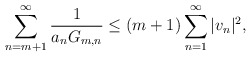
\begin{align*} \sum_{n=m+1}^\infty \frac{1}{a_n G_{m,n}} \le (m+1) \sum_{n=1}^\infty |v_n|^2, \end{align*}